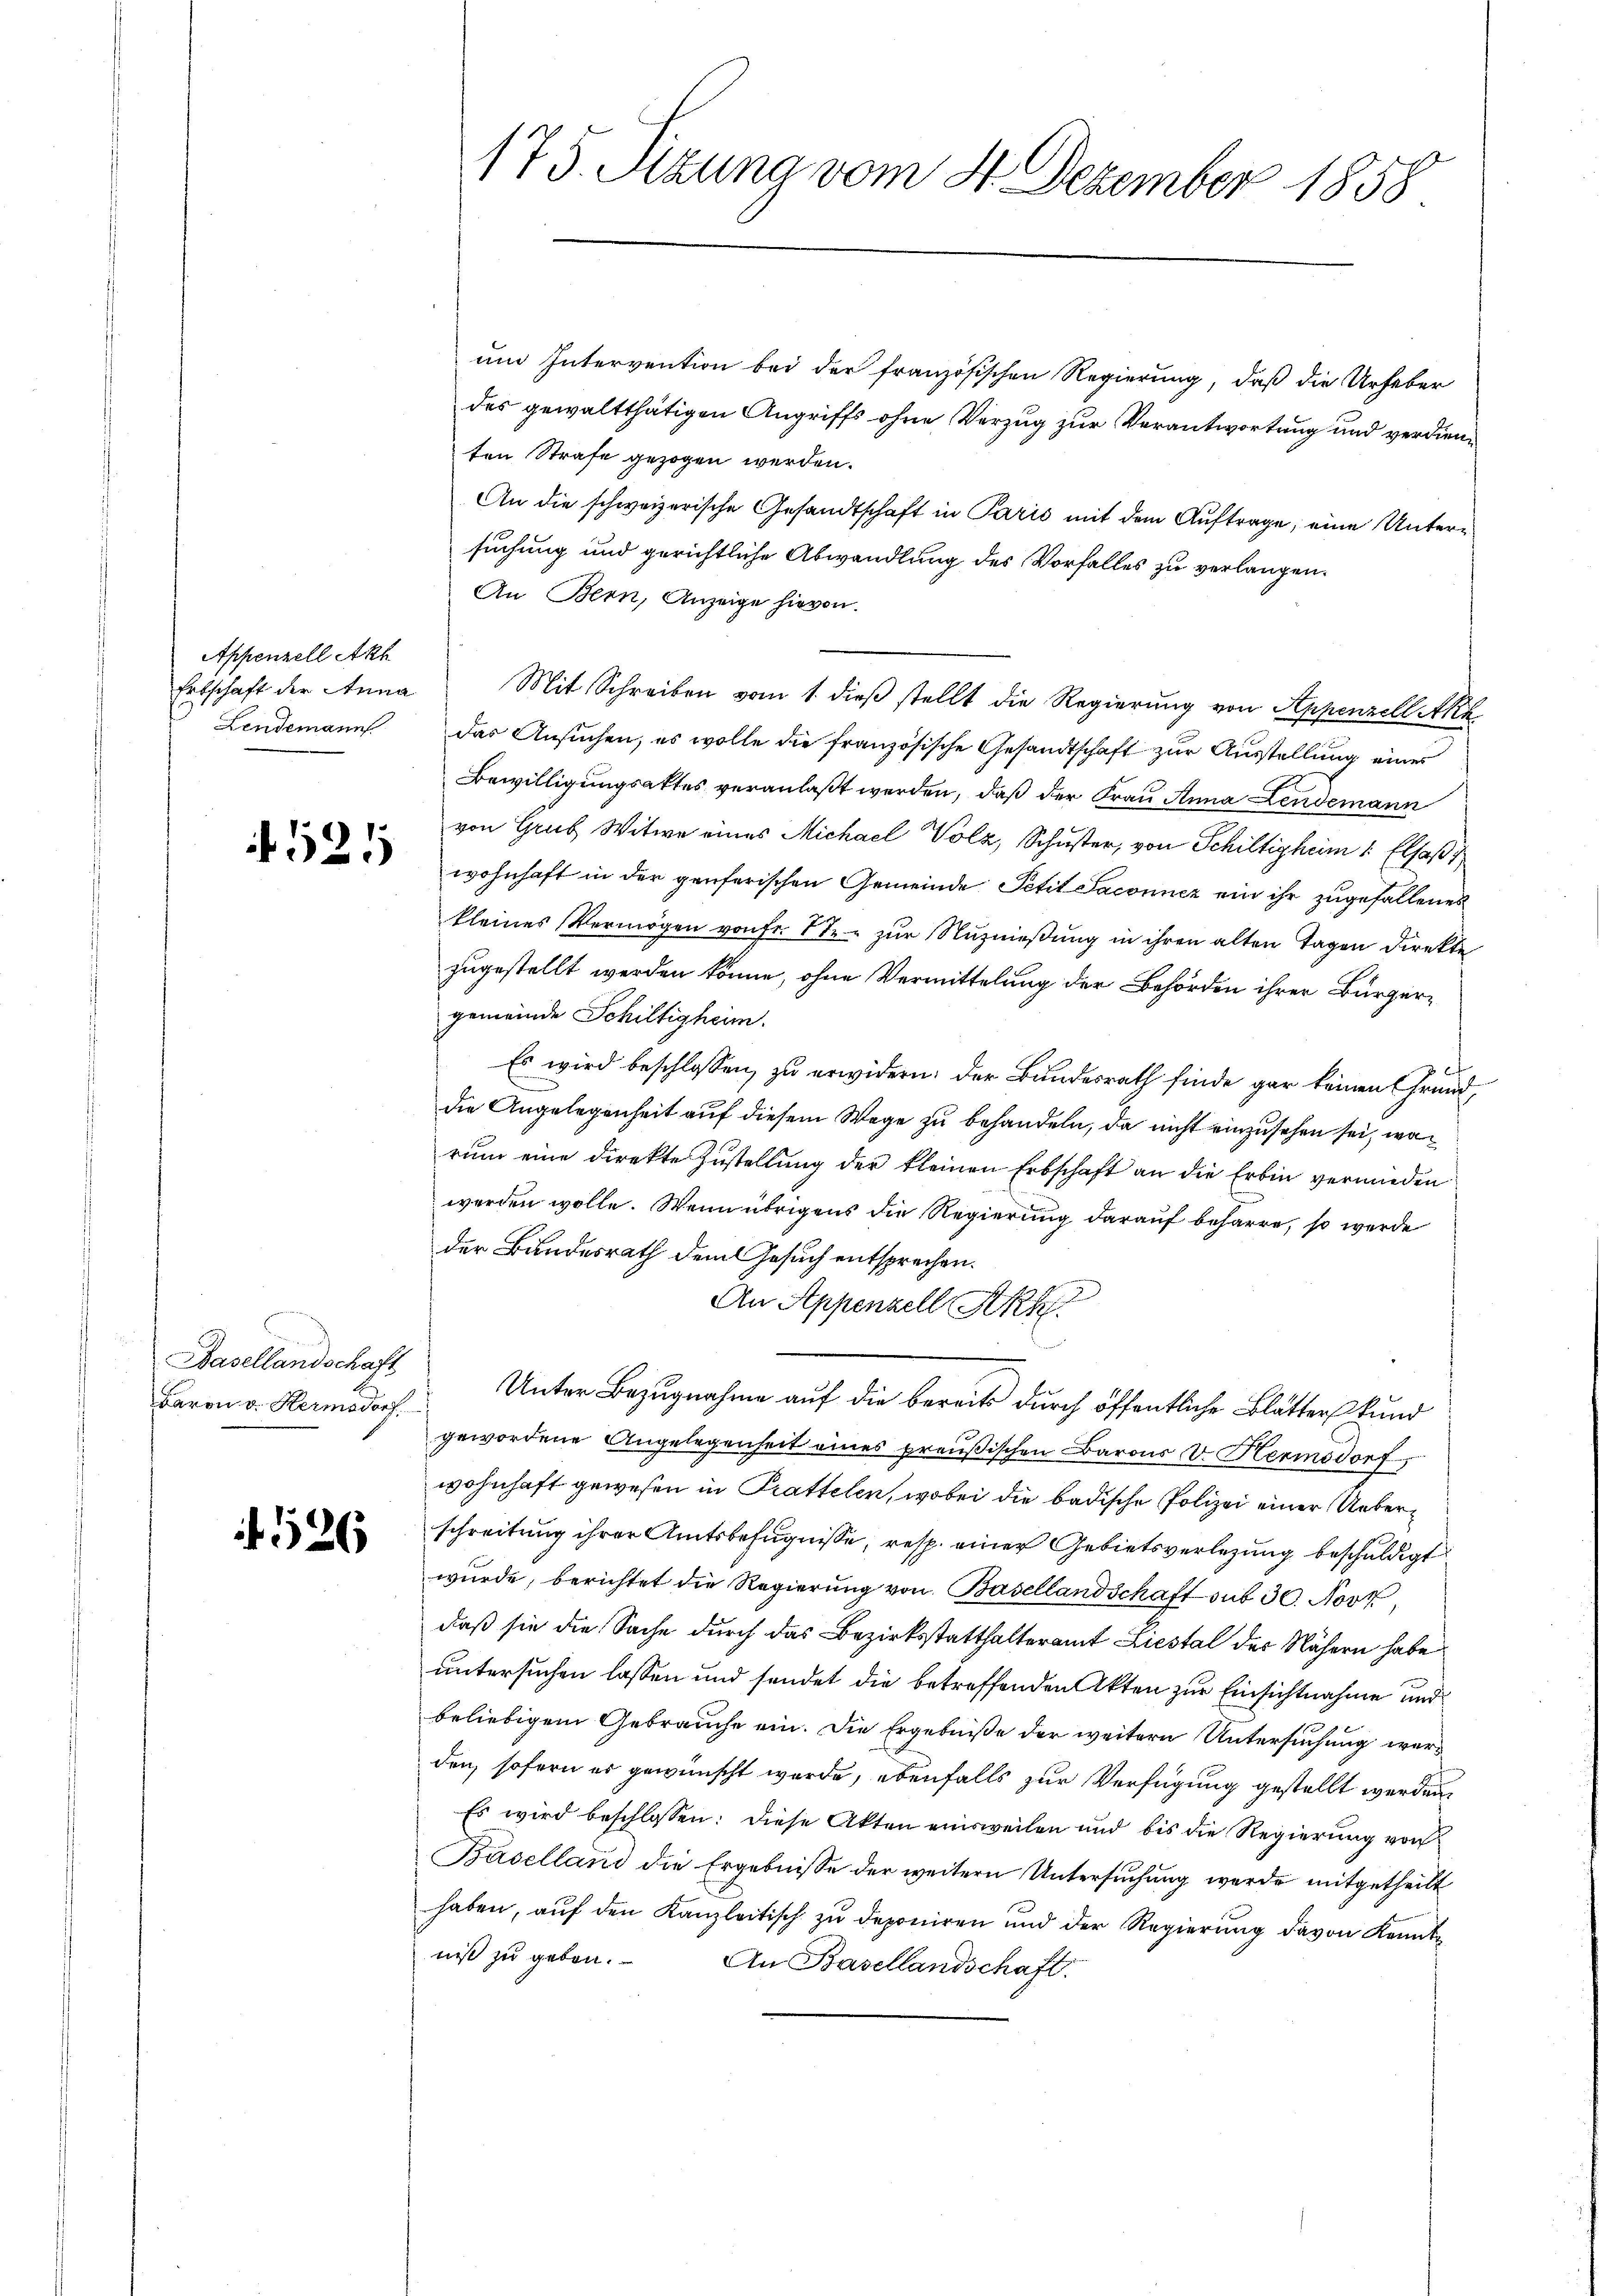
Appenzell Akt
Ertschaft der Anna
Lendemann

4521

Basellandschaft
Baron v. Hermsdorf.

4526

175. Sizung vom 4. Dezember 1858

um Intervention bei der französischen Regierung, daß die Urfeber
des gewaltthätigen Angriffs ohne Verzug zur Verantwortung und verdienten Strafe gezogen werden.
An die schweizerische Gesandtschaft in Paris mit dem Auftrage, eine Untersuchung und gerichtliche Abwandlung des Vorfalles zu verlangen.
An Bern, Anzeige hievon.
Mit Schreiben vom 1. dieß stellt die Regierung von Appenzell Akk
das Ansuchen, es wolle die französische Gesandtschaft zur Ausstellung einer
Bewilligungsaktes veranlaßt werden, daß der Frau Anna Lendemann
von Grub Witwe eines Michael Volz, Schuster, von Schiltighin 1 Elsaß
wohnhaft in der genferischen Gemeinde Petit Saconner ein ihr zugefallenes
kleines Vermögen von Fr. Str. zur Nutznießung in ihren alten Tagen Direkte
zugestellt werden könne, ohne Vermittelung der Behörden ihrer Bürgergemeinde Schiltigheim.
Es wird beschlossen, zu erwidern: der Bundesrath finde gar keinen Grunddie Angelegenheit auf diesem Wege zu behandeln, da nicht einzusehen sei, wa
rŭm eine direkte Zustellung der kleinen Erbschaft an die Erbin vermieden
werden wolle. Wenn übrigens die Regierung darauf beharre, so werde
der Bundesrath dem Gesuch entsprechen.
¬
An Appenzell Akk

Unter Bezugnahme auf die bereits durch öffentliche Blätter kund
gewordene Angelegenheit eines preußischen Barons V. Hermsdorf,
wohnhaft gewesen in Prattelen, wobei die badische Polizei einer Ueberschreitung ihrer Amtsbefugnisse, resp. einer Gebietsverlegung beschuldigt
wurde, berichtet die Regierŭng von Basellandschaft sub 30. Nove
daß sie die Sache durch das Bezirksstatthalteramt Liestal der Nähern habe
untersuchen lassen und sendet die betreffenden Akten zur Einsichtnahme und
beliebigem Gebrauche ein. Die Ergebniße der weitern Untersuchung werd
den, sofern es gewünscht werde, ebenfalls zur Verfügung gestellt werden.
Es wird beschlossen: diese Akten einsweilen und bis die Regierung von
Baselland die Ergebnisse der weitern Untersuchung werde mitgetheilt
haben, auf den Kanzleitisch zu deponiren und der Regierung davon Kenntniβ zŭ geben. An Basellandschaft.